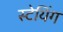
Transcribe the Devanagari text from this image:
स्टेयिंग